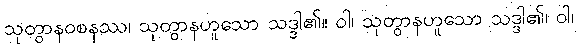
သုတွာနဝစနဿ၊ သုတွာနဟူသော သဒ္ဒါ၏။ ဝါ၊ သုတွာနဟူသော သဒ္ဒါ၏၊ ဝါ၊